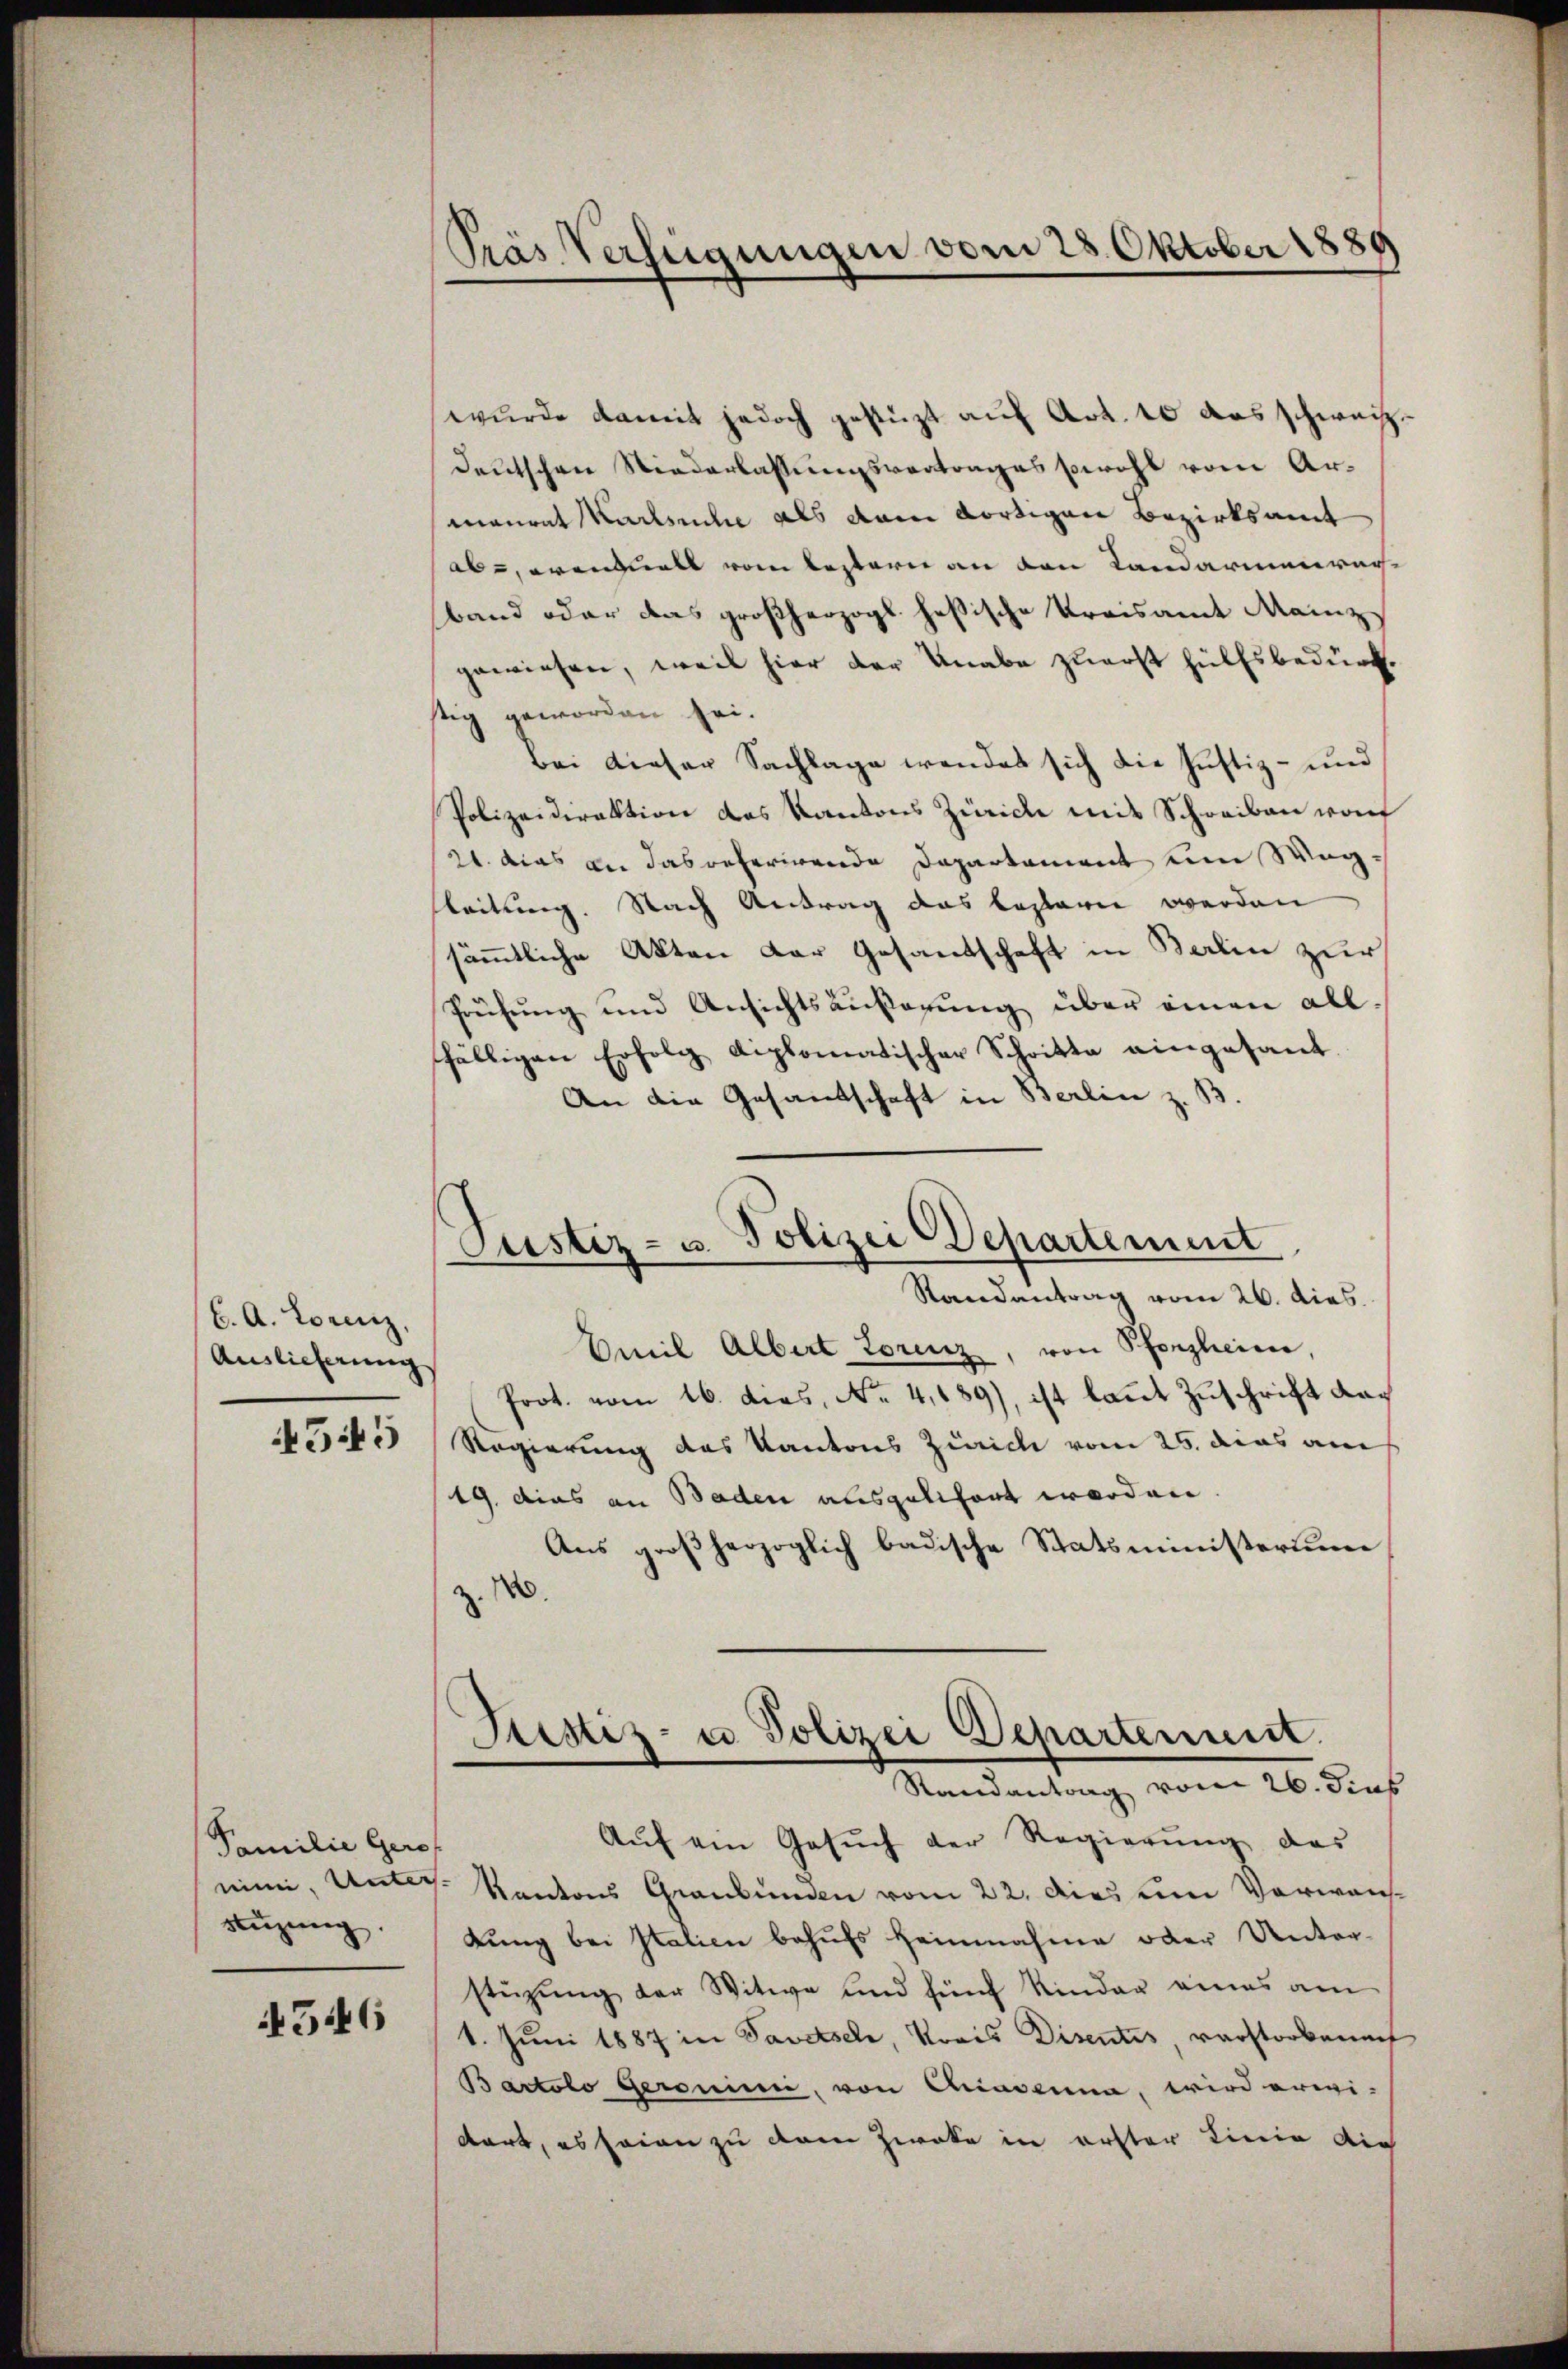
(6. A. Lorenz,
Auslieferung
4545

Familie Gero
stüzung.

4546

Prás Verfügungen vom 28. Oktober 1889

Justiz- u. Polizei Departement

wurde damit jedoch gestüzt auf Art. 10 das schweiz.
Deutschen Niederlassungsvertrages sowohl vom Armanrat Karleiche als dann dortigen Bezirksamt
ab u. wenduell vom bestern an den Landarinnerer-
band oder das großherzogl. hesische Kreisamt Mainz
gewiesen, weil hier der Knabe zuerst hülfsbedürf.
stig geworden sei.
bei dieser Sachlage wendet sich die Justiz- und
Polizeidirektion das Kantons Zürich mit Schreiben von
21. das an das referirende Departament um Wegleitung. Nach Antrag das beglern werden
sämmtliche Akten der Gesandschaft in Berlin zur
Prüfung und Ansichtsäußerung über einen all-
fälligen Erfolg diplomatischer Schritte eingesant.
An die Gesandschaft in Berlin z. B.
Randantrag vom 26. dies
Emil Albert Torenz, von Pforzheim,
Prot. vom 16. dies, No. 4,689), ist laut Zuschrift da¬
Regierung des Kantons Zürich vom 25. dies am
19. dies an Baden ausgelifort worden.
Aus großherzoglich badische Statsministerium
z. N
Festiz- u Polizei Departenuit.
Randantrag vom 26. dies
Aŭf ein Gesŭch der Regierŭng des
nin, Unter Kantons Graubünden vom 22. dies um Verwanlung bei Italien behufs Heinnahme oder Unterstüzung der Witwe und fünf Kinder eines am
1. Juni 1887 in Savetsch, Krais Disentis, verstorkannt
Bartolo geronini, von Chiasenna, wird erwi-
dort, es sein zu dem Zweke in erster Linie die